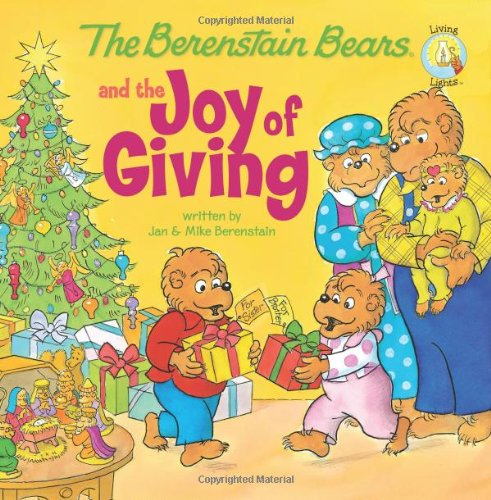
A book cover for The Berenstain Bears and the Joy of Giving; Jan Berenstain; Christian Books & Bibles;